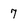
Character: 7